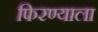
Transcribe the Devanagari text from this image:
फिरण्याला